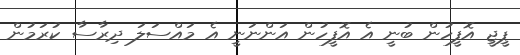
ޕީޖީ އޮފީހުން ބުނީ އެ އޮފީހުން އަންނަނީ އެ މައްސަލަ ދިރާސާ ކުރަމުން